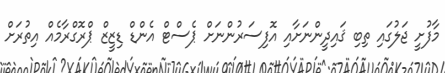
މާފުށީ ޖަލުގައި ތިބި ޤައިދީންނަށާއި އޮފިސަރުންނަށް ޕެސްޓް އެންޑް ޑިޒީޒް ޕްރޮގްރާމެއް އިތުރަށް